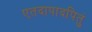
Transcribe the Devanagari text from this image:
एतदापादपितुं